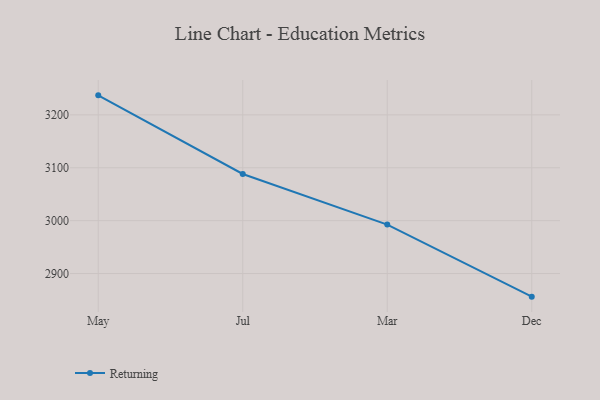
{"axis": {"x": "Month", "y": "Tickets Resolved"}, "legend": ["Returning"], "data": [{"x": "May", "y": 3236.9, "type": "Returning"}, {"x": "Jul", "y": 3088.2, "type": "Returning"}, {"x": "Mar", "y": 2992.6, "type": "Returning"}, {"x": "Dec", "y": 2856.3, "type": "Returning"}]}